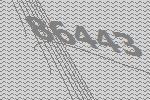
86443